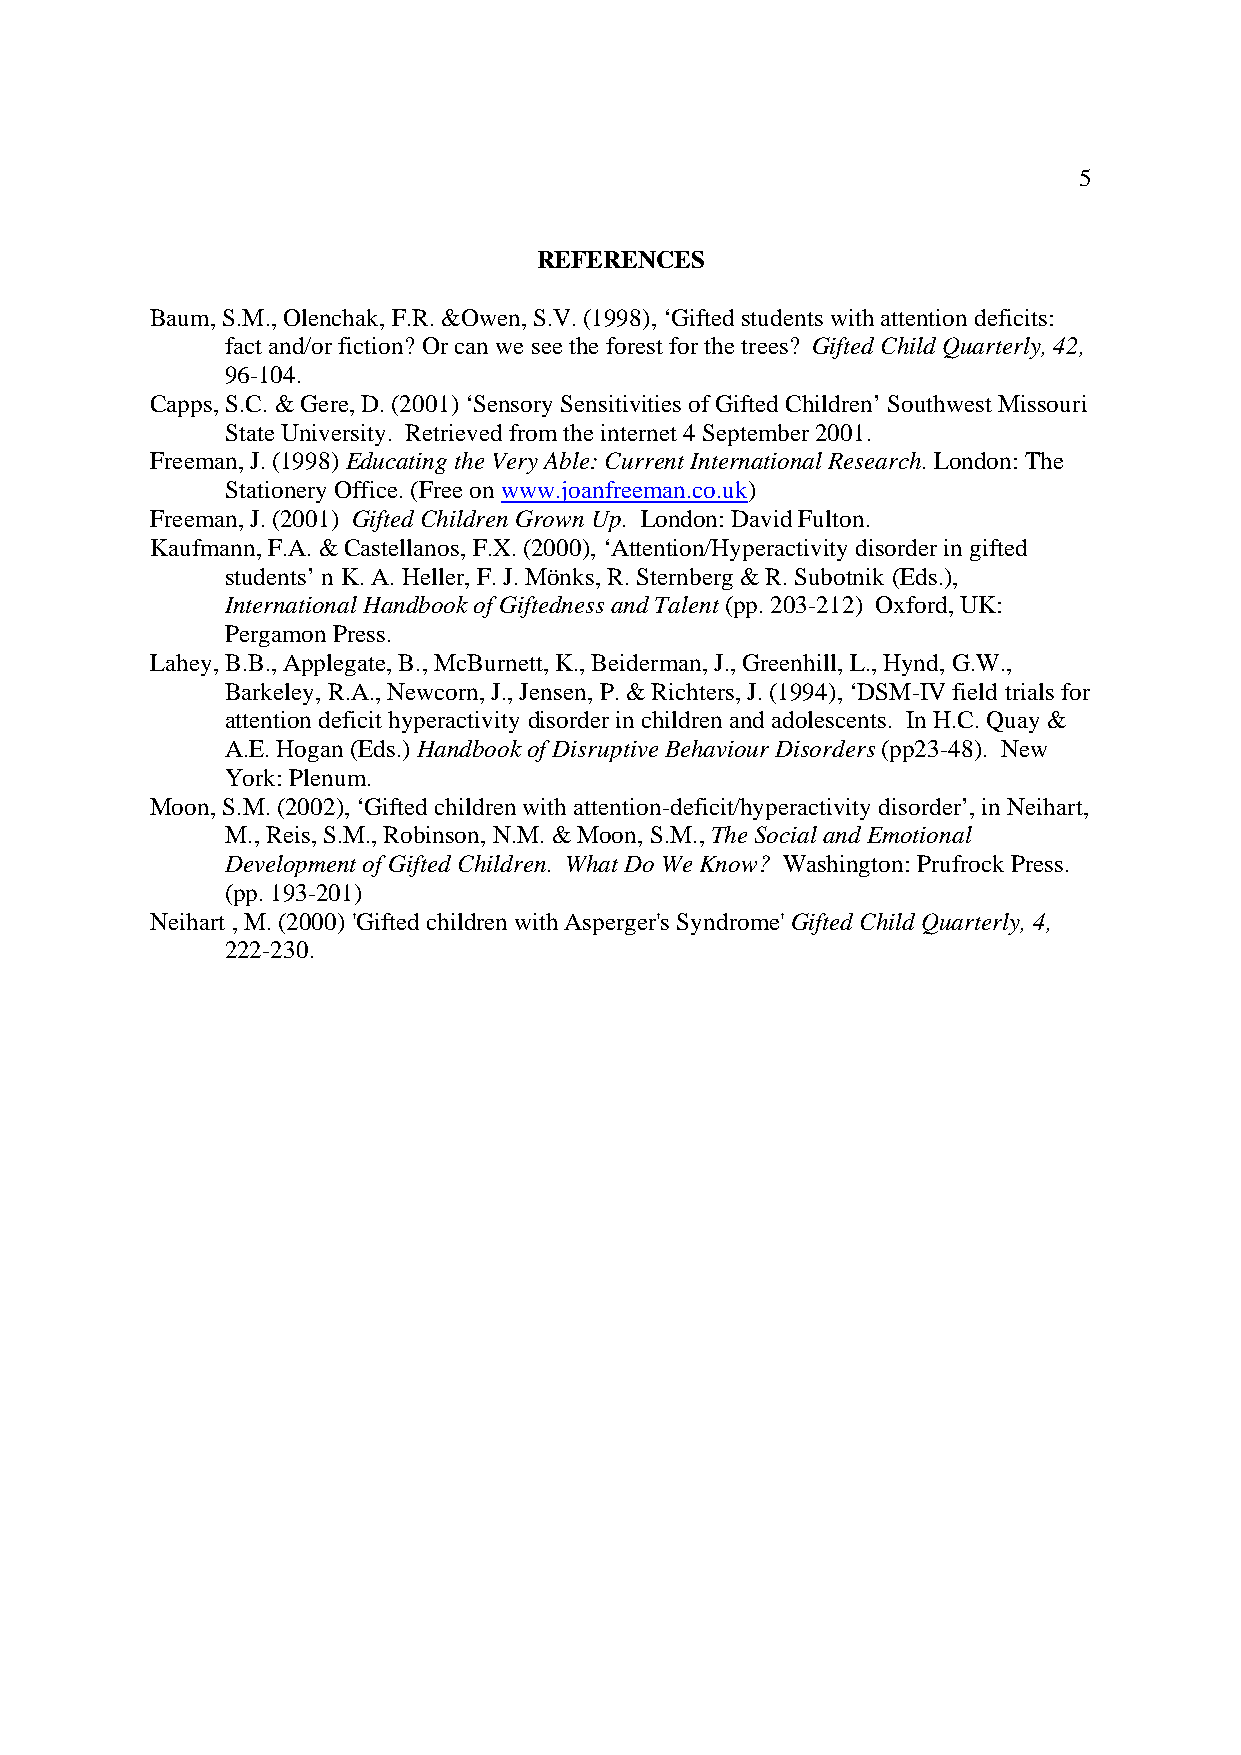
5
 REFERENCES
 Baum, S.M., Olenchak, F.R. &Owen, S.V. (1998), ‘Gifted students with attention deficits:
 fact and/or fiction? Or can we see the forest for the trees? Gifted Child Quarterly, 42,
 96-104.
 Capps, S.C. & Gere, D. (2001) ‘Sensory Sensitivities of Gifted Children’ Southwest Missouri
 State University. Retrieved from the internet 4 September 2001.
 Freeman, J. (1998) Educating the Very Able: Current International Research. London: The
 Stationery Office. (Free on www.joanfreeman.co.uk)
 Freeman, J. (2001) Gifted Children Grown Up. London: David Fulton.
 Kaufmann, F.A. & Castellanos, F.X. (2000), ‘Attention/Hyperactivity disorder in gifted
 students’ n K. A. Heller, F. J. Mönks, R. Sternberg & R. Subotnik (Eds.),
 International Handbook of Giftedness and Talent (pp. 203-212) Oxford, UK:
 Pergamon Press.
 Lahey, B.B., Applegate, B., McBurnett, K., Beiderman, J., Greenhill, L., Hynd, G.W.,
 Barkeley, R.A., Newcorn, J., Jensen, P. & Richters, J. (1994), ‘DSM-IV field trials for
 attention deficit hyperactivity disorder in children and adolescents. In H.C. Quay &
 A.E. Hogan (Eds.) Handbook of Disruptive Behaviour Disorders (pp23-48). New
 York: Plenum.
 Moon, S.M. (2002), ‘Gifted children with attention-deficit/hyperactivity disorder’, in Neihart,
 M., Reis, S.M., Robinson, N.M. & Moon, S.M., The Social and Emotional
 Development of Gifted Children. What Do We Know? Washington: Prufrock Press.
 (pp. 193-201)
 Neihart , M. (2000) 'Gifted children with Asperger's Syndrome' Gifted Child Quarterly, 4,
 222-230.